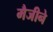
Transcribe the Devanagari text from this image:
मैजीने